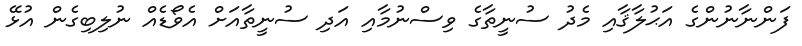
ފަންނާނުންގެ އަޙުލާޤާއި މެދު ސުނީތާގެ ވިސްނުމާއި އަދި ސުނީތާއަށް އެވޯޑެއް ނުލިބިގެން އުޅޭ